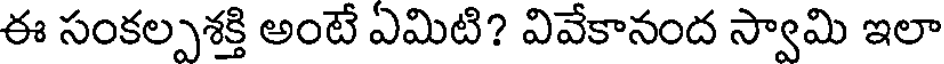
ఈ సంకల్పశక్తి అంటే ఏమిటి? వివేకానంద స్వామి ఇలా